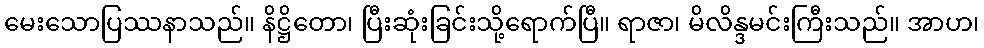
မေးသောပြဿနာသည်။ နိဋ္ဌိတော၊ ပြီးဆုံးခြင်းသို့ရောက်ပြီ။ ရာဇာ၊ မိလိန္ဒမင်းကြီးသည်။ အာဟ၊